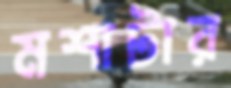
মশাটার